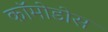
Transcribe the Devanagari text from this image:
कॉमोडोस